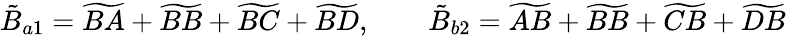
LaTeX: \tilde{B}_{a1}=\widetilde{BA}+\widetilde{BB}+\widetilde{BC}+\widetilde{BD},\qquad\tilde{B}_{b2}=\widetilde{AB}+\widetilde{BB}+\widetilde{CB}+\widetilde{DB}